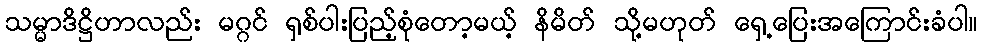
သမ္မာဒိဋ္ဌိဟာလည်း မဂ္ဂင် ရှစ်ပါးပြည့်စုံတော့မယ့် နိမိတ် သို့မဟုတ် ရှေ့ပြေးအကြောင်းခံပါ။